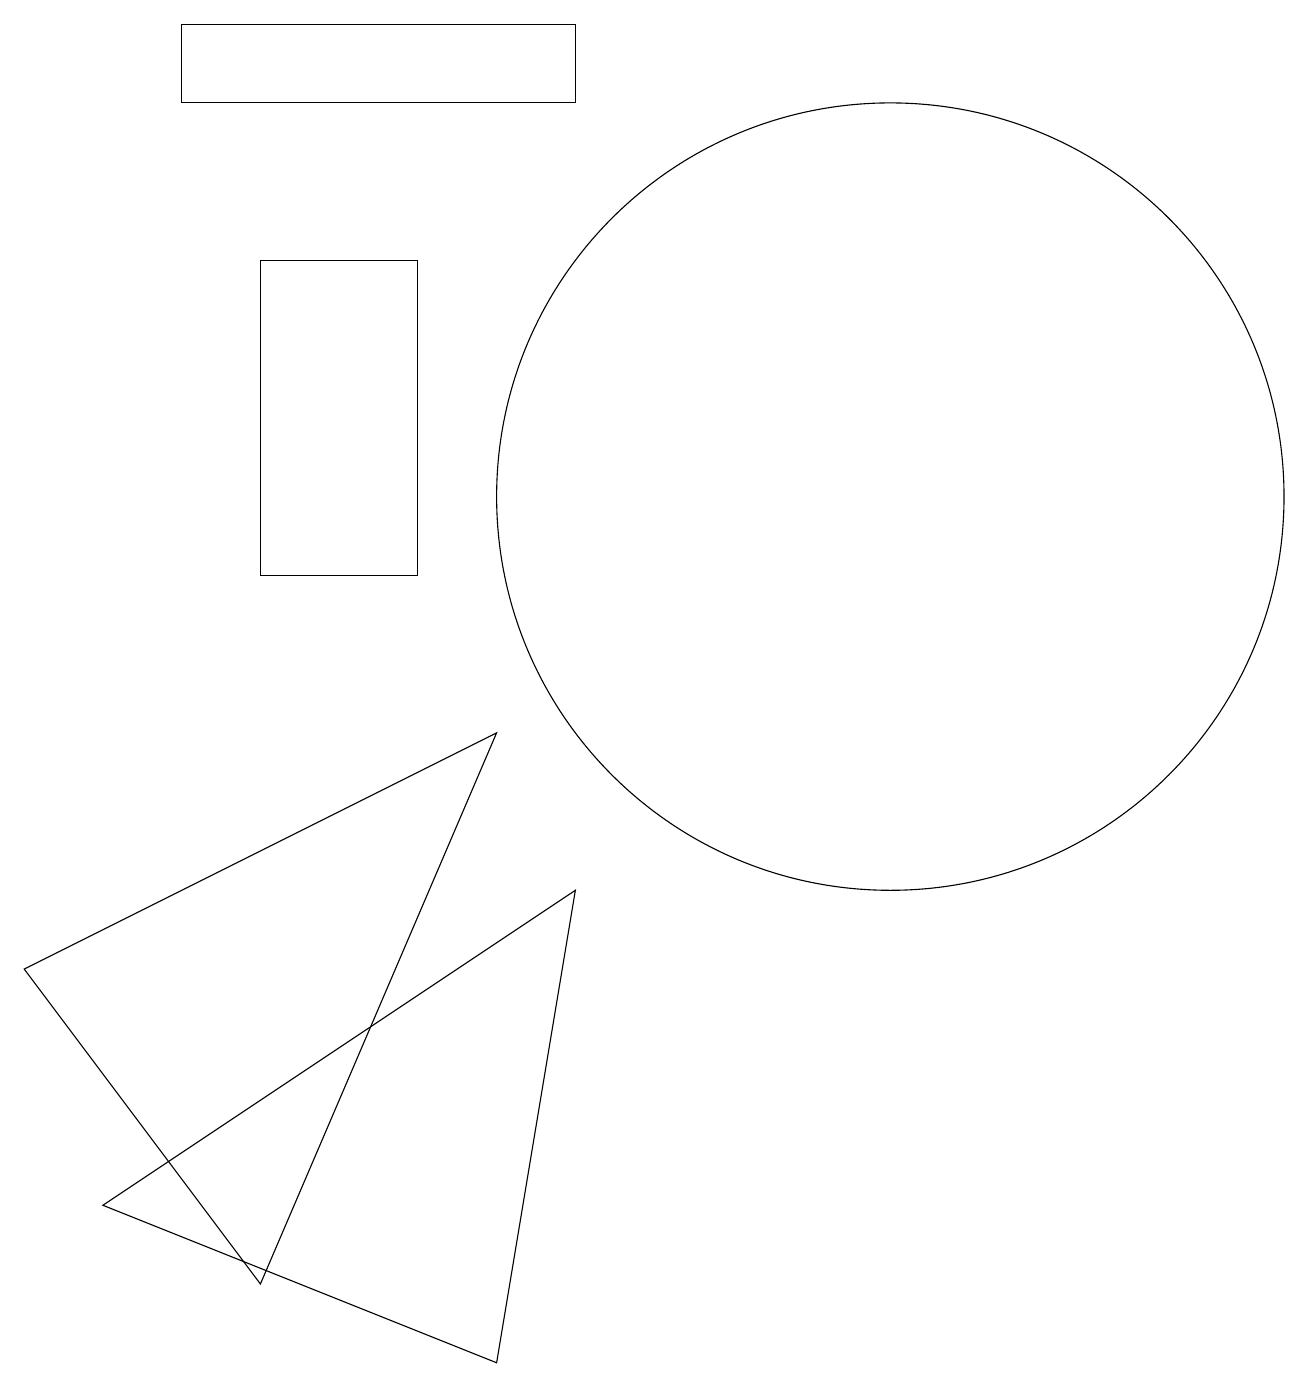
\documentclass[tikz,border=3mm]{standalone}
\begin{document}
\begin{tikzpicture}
\draw (1,5) -- (7,8) -- (4,1) -- cycle;
\draw (8,16) rectangle (3,17);
\draw (4,10) rectangle (6,14);
\draw (12,11) circle (5);
\draw (8,6) -- (7,0) -- (2,2) -- cycle;
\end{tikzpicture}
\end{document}